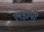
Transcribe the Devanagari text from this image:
लड़ायी